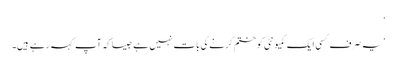
’
’یہ صرف کسی ایک کمیونٹی کو ختم کرنے کی بات نہیں ہے جیسا کہ آپ کہہ رہے ہیں۔